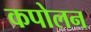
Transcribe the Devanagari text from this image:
कपोलन